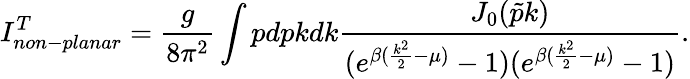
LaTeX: I_{non-planar}^{T}=\frac{g}{8\pi^{2}}\int pdpkdk\frac{J_{0}(\tilde{p}k)}{(e^{\beta(\frac{k^{2}}{2}-\mu)}-1)(e^{\beta(\frac{k^{2}}{2}-\mu)}-1)}.